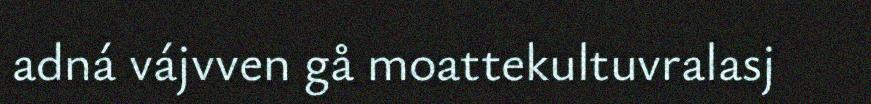
adná vájvven gå moattekultuvralasj